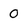
Character: 0